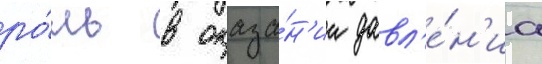
ро́ль в оказа́н'ии давл'е́н'иа